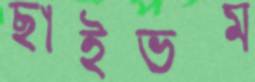
ছাইভস্ম